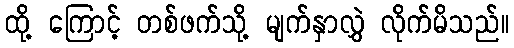
ထို့ ကြောင့် တစ်ဖက်သို့ မျက်နှာလွှဲ လိုက်မိသည်။